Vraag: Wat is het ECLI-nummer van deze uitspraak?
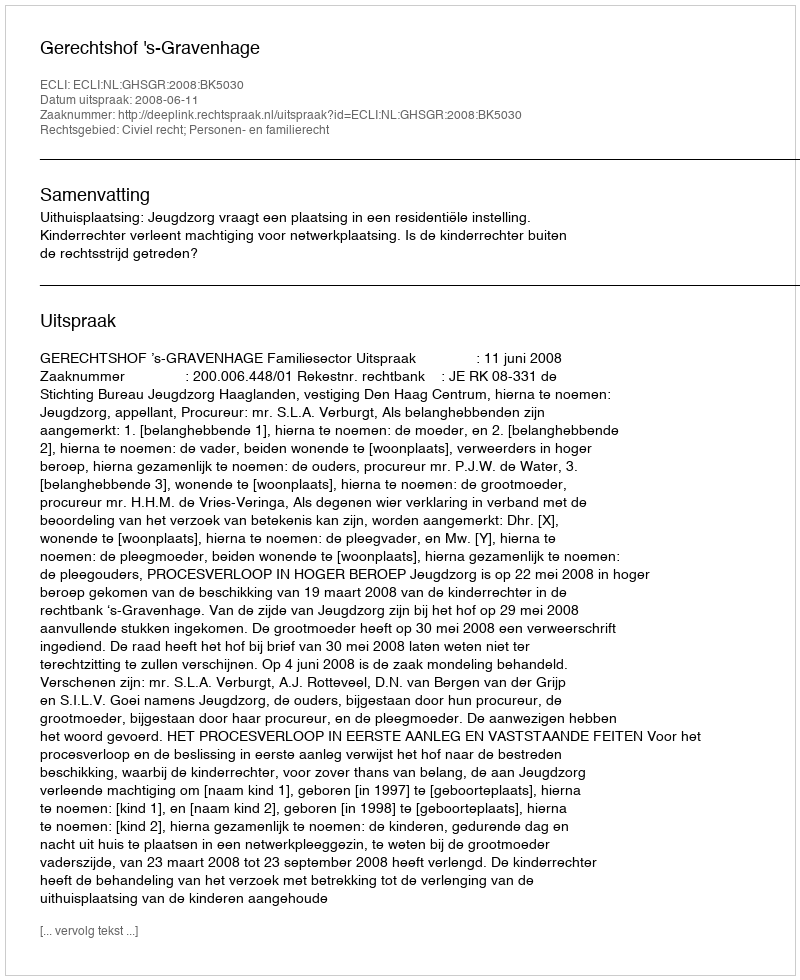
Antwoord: ECLI:NL:GHSGR:2008:BK5030